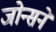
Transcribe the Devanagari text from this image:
जोन्सने